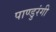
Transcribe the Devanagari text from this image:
पाण्डुरंगी